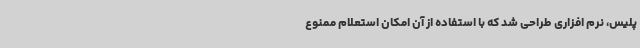
پلیس، نرم افزاری طراحی شد که با استفاده از آن امکان استعلام ممنوع